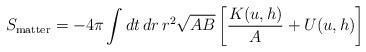
LaTeX: \begin{align*}S_{\rm matter} = -4\pi \int dt\, dr\, r^2 \sqrt{AB} \left[ {K(u,h)\over A} + U(u,h) \right]\end{align*}